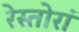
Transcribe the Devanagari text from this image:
रेस्तोरां